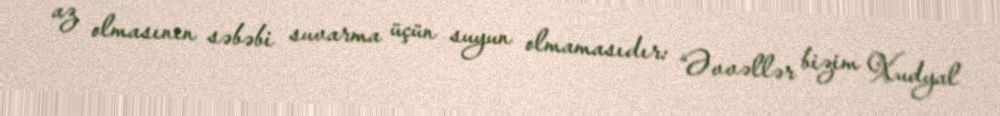
az olmasının səbəbi suvarma üçün suyun olmamasıdır: “Əvvəllər bizim Xudyal